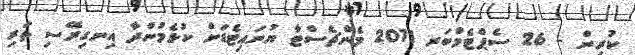
ކުރިން - 26 ސެޕްޓެމްބަރ 2011 މެންޗެސްޓާ ޔުނައިޓެޑަށް ކުޅެމުންދާ އިނގިރޭސި ތަރި